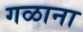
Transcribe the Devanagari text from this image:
गळाना